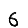
Digit: 6